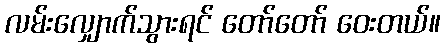
လမ်းလျှောက်သွားရင် တော်တော် ဝေးတယ်။